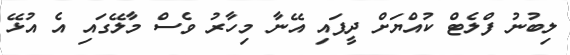
ލިބުނު ފްލެޓް ކުއްޔަށް ދީފައި އޭނާ މިހާރު ވެސް މާލޭގައި އެ އުޅޭ